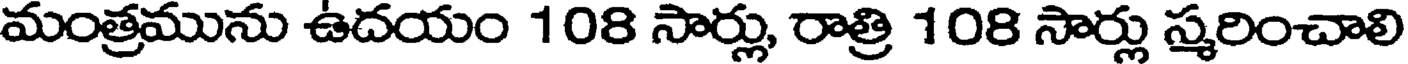
మంత్రమును ఉదయం 108 సార్లు, రాత్రి 108 సార్లు స్మరించాలి